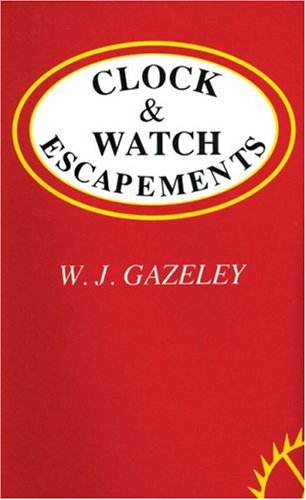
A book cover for Clock & Watch Escapements; W.J. Gazeley; Crafts, Hobbies & Home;